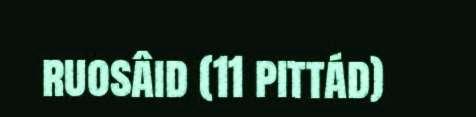
ruosâid (11 pittád)